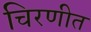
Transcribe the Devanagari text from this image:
चिरणीत